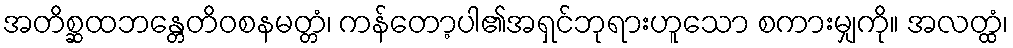
အတိစ္ဆထဘန္တေတိဝစနမတ္တံ၊ ကန်တော့ပါ၏အရှင်ဘုရားဟူသော စကားမျှကို။ အလတ္ထံ၊